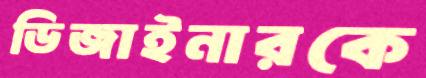
ডিজাইনারকে